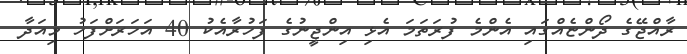
ރާއްޖޭގެ ދޯންޏެއްގައި އެންމެ ފުރަތަމަ އެޅި އިންޖީނުގެ ފަހުރާއެކު 40 އަހަރަށްފަހު މިއަދާ